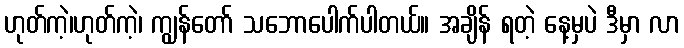
ဟုတ်ကဲ့၊ဟုတ်ကဲ့၊ ကျွန်တော် သဘောပေါက်ပါတယ်။ အချိန် ရတဲ့ နေ့မှပဲ ဒီမှာ လာ